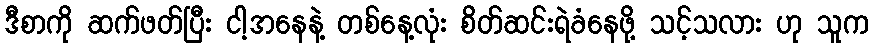
ဒီစာကို ဆက်ဖတ်ပြီး ငါ့အနေနဲ့ တစ်နေ့လုံး စိတ်ဆင်းရဲခံနေဖို့ သင့်သလား ဟု သူက